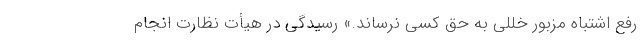
رفع اشتباه مزبور خللی به حق کسی نرساند.» رسیدگی در هیأت نظارت انجام